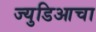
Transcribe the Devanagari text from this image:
ज्युडिआचा